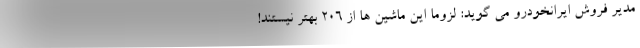
مدیر فروش ایرانخودرو می گوید: لزوما این ماشین ها از ۲۰۶ بهتر نیستند!